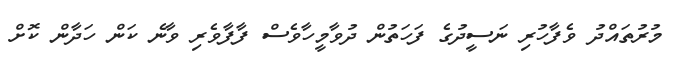
މުރުތައްދު ވެފާހުރި ނަސީދުގެ ފަހަތުން ދުވާމީހާވެސް ފާފާވެރި ވާނެ ކަން ހަދާން ކޮށް